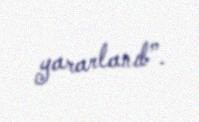
yararlanıb”.